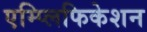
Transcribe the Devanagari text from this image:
एम्प्लिफिकेशन